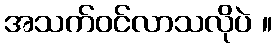
အသက်ဝင်လာသလိုပဲ ။